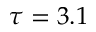
\tau = 3 . 1